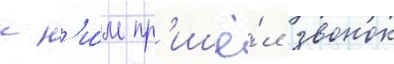
к н'и́м пр'ишё́л звонок